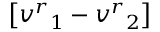
\big [ { v ^ { r } } _ { 1 } - { v ^ { r } } _ { 2 } \big ]